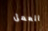
العمل